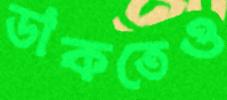
ডাকতেও